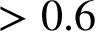
> 0 . 6